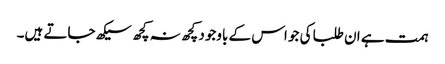
ہمت ہے ان طلبا کی جو اس کے باوجود کچھ نہ کچھ سیکھ جاتے ہیں۔